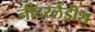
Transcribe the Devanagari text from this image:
नीदरलैंडीश